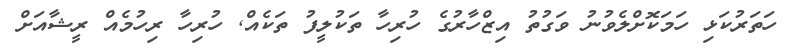
ހަތަރުކަޅި ހަމަކޮށްލެެވުނު ވަގުތު އިޒްހާރުގެ ހުރިހާ ތަކުލީފު ތަކެއް